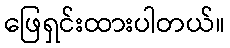
ဖြေရှင်းထားပါတယ်။